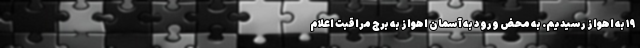
۱۹ به اهواز رسیدیم. به محض ورود به آسمان اهواز به برج مراقبت اعلام